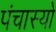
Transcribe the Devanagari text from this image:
पंचास्यो